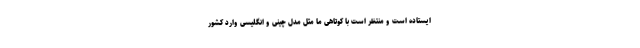
ایستاده است و منتظر است با کوتاهی ما مثل مدل چینی و انگلیسی وارد کشور